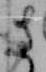
さ